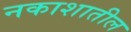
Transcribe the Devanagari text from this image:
नकाशातील